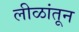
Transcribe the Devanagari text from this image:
लीळांतून